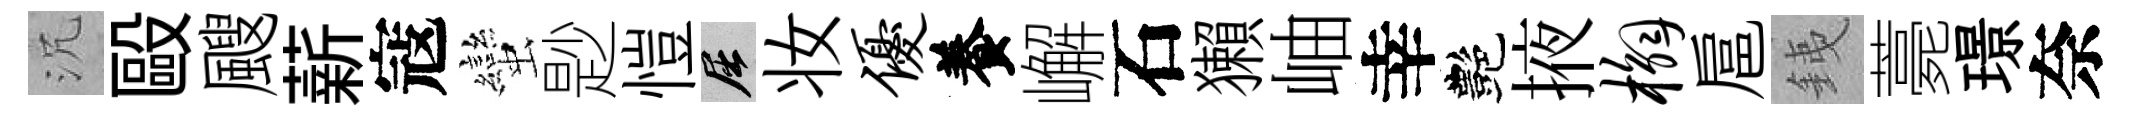
沉毆颼薪寇蠻尟愷屈妆优養嶰石獺岫幸艷掖槲扈銕薧璟奈